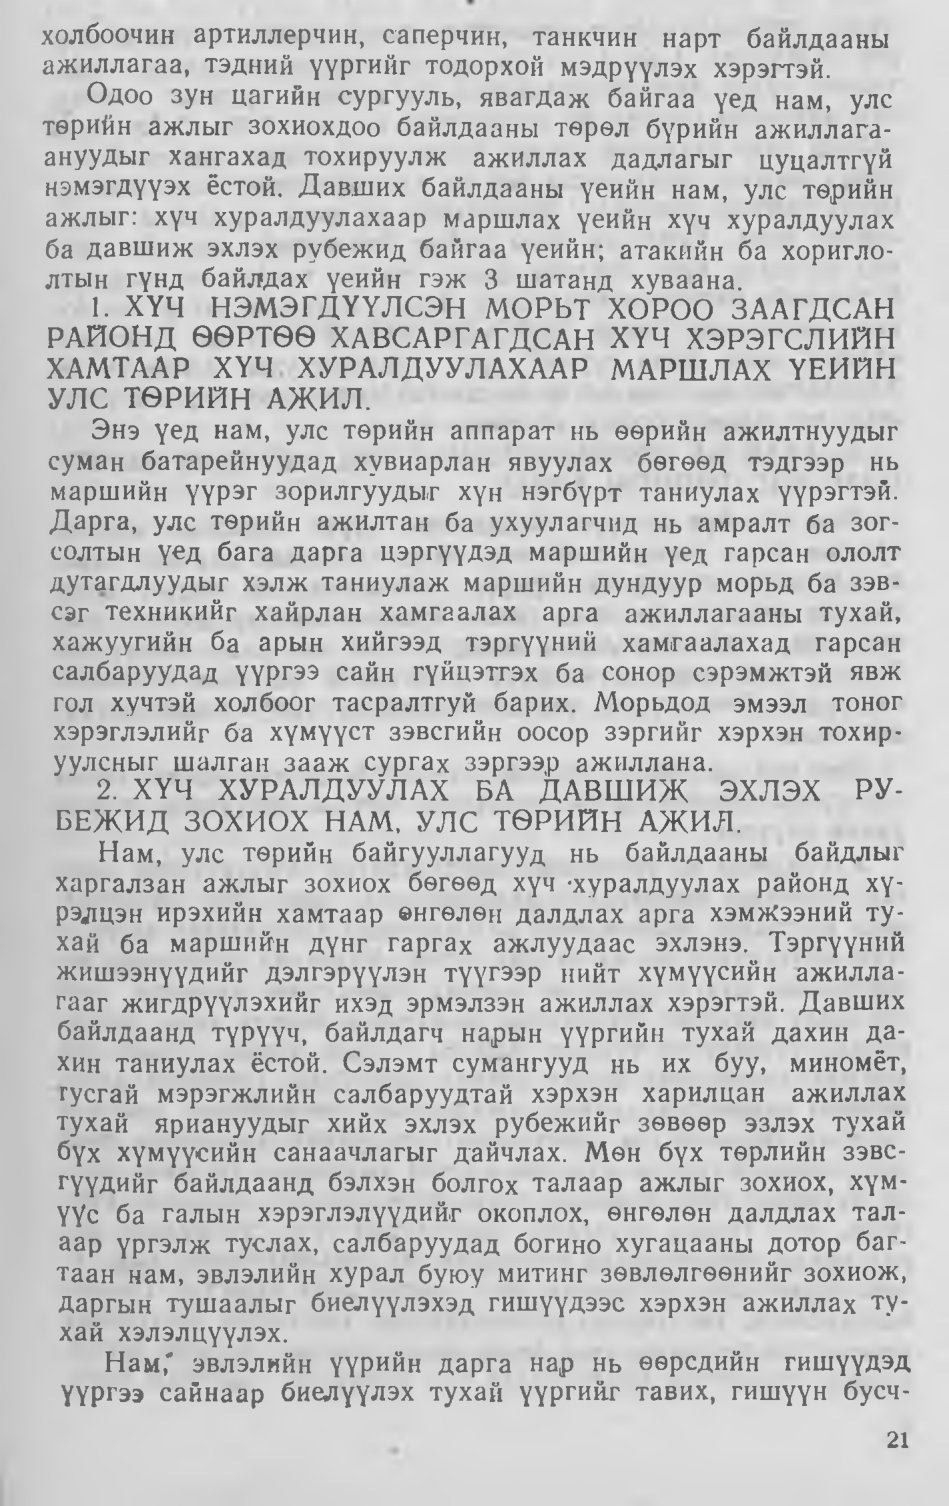
Language: mn